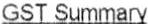
GST SUMMARY